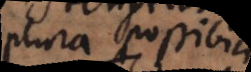
plura possibilia